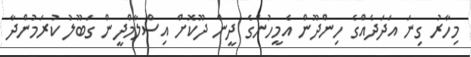
މިހާރު ގިނަ އަދަދެއްގެ ހިންދޫން އެމީހުންގެ ދީން ދޫކޮށް އިސްލާމްދީން ގަބޫލު ކުރަމުންދާ